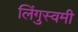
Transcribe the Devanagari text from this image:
लिंगुस्वमी